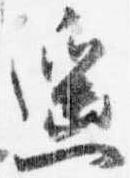
遥